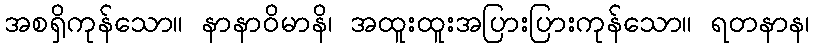
အစရှိကုန်သော။ နာနာဝိမာနိ၊ အထူးထူးအပြားပြားကုန်သော။ ရတနာန၊